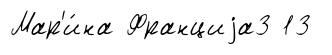
Мар'и́на Франциjа3 13